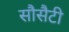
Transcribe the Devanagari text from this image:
सौसैटी